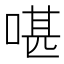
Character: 啿